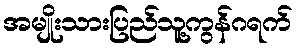
အမျိုးသားပြည်သူ့ကွန်ဂရက်